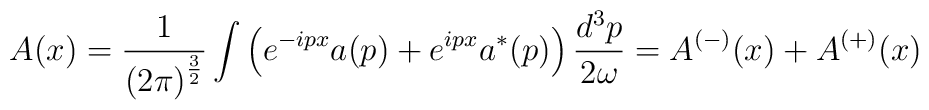
A(x)=\frac{1}{\left( 2\pi \right) ^{\frac{3}{2}}}\int \left(e^{-ipx}a(p)+e^{ipx}a^{*}(p)\right) \frac{d^{3}p}{2\omega }=A^{\left(-\right) }(x)+A^{(+)}(x)